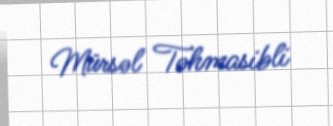
Mürsəl Təhmasibli